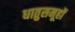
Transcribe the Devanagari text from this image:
धातुसमूहों